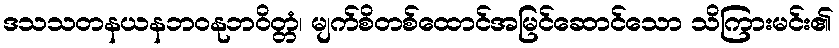
ဒသသတနယနဘဝနုဘဝိတ္တံ၊ မျက်စိတစ်ထောင်အမြင်ဆောင်သော သိကြားမင်း၏